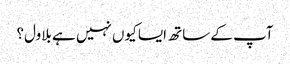
آپ کے ساتھ ایسا کیوں نہیں ہے بلاول؟